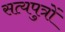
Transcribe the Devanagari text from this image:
सत्यपुत्रों